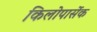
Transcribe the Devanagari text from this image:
किलोपार्सेक